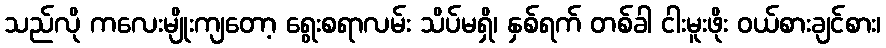
သည်လို ကလေးမျိုးကျတော့ ရွေးစရာလမ်း သိပ်မရှိ၊ နှစ်ရက် တစ်ခါ ငါးမူးဖိုး ဝယ်စားချင်စား၊